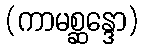
(ကာမစ္ဆန္ဒော)